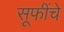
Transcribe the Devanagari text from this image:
सूफींचे